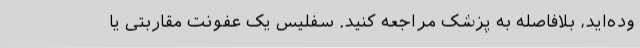
وده‌اید، بلافاصله به پزشک مراجعه کنید. سفلیس یک عفونت مقاربتی یا